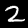
Digit: 2